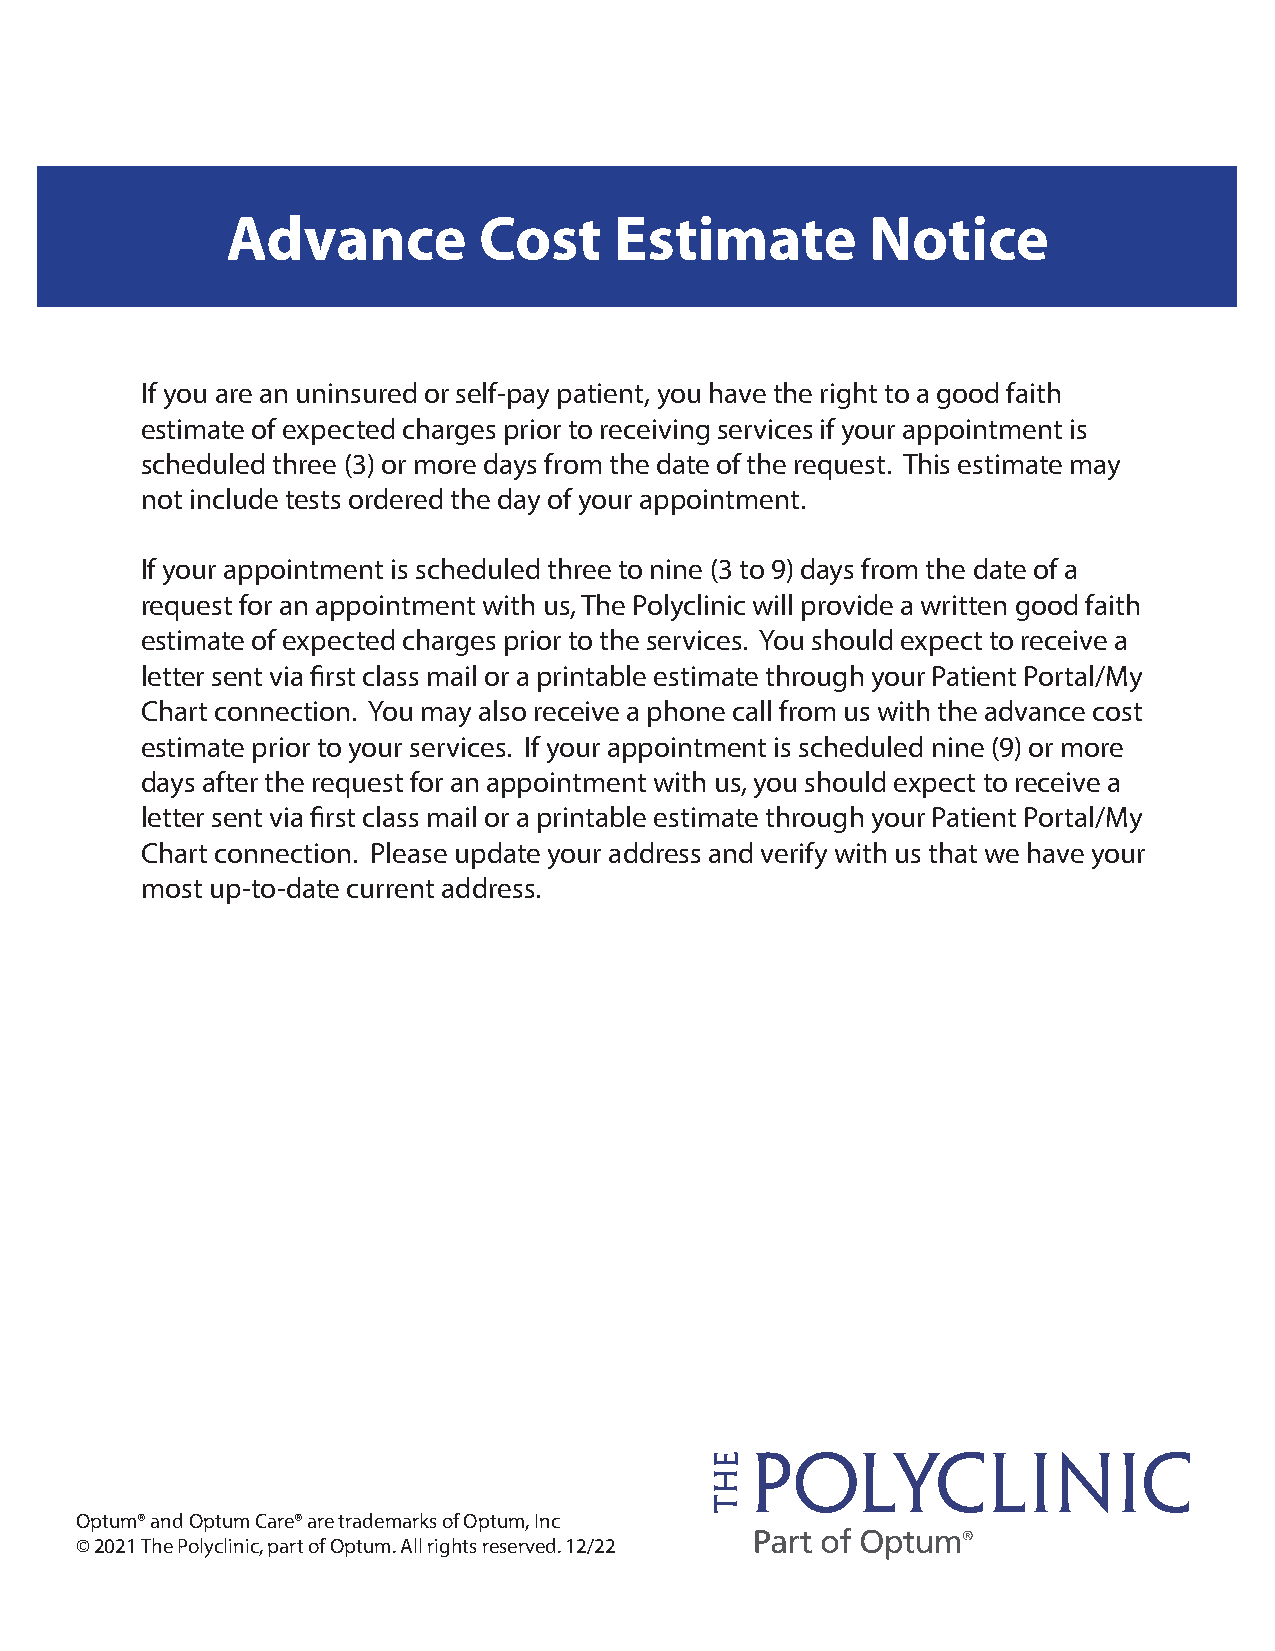
Advance          Cost     Estimate         Notice
 If you are an uninsured or self-pay patient, you have the right to a good faith
 estimate of expected charges prior to receiving services if your appointment is
 scheduled three (3) or more days from the date of the request. This estimate may
 not include tests ordered the day of your appointment.
 If your appointment is scheduled three to nine (3 to 9) days from the date of a
 request for an appointment with us, The Polyclinic will provide a written good faith
 estimate of expected charges prior to the services. You should expect to receive a
 letter sent via first class mail or a printable estimate through your Patient Portal/My
 Chart connection. You may also receive a phone call from us with the advance cost
 estimate prior to your services. If your appointment is scheduled nine (9) or more
 days after the request for an appointment with us, you should expect to receive a
 letter sent via first class mail or a printable estimate through your Patient Portal/My
 Chart connection. Please update your address and verify with us that we have your
 most up-to-date current address.
 Optum® and Optum Care® are trademarks of Optum, Inc
 © 2021 The Polyclinic, part of Optum. All rights reserved. 12/22